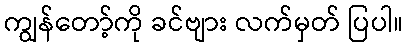
ကျွန်တော့်ကို ခင်ဗျား လက်မှတ် ပြပါ။